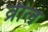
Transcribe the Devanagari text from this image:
व्रील